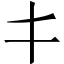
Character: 𠀆